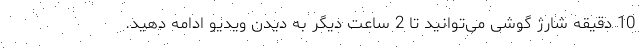
10 دقیقه شارژ گوشی می‌توانید تا 2 ساعت دیگر به دیدن ویدیو ادامه دهید.